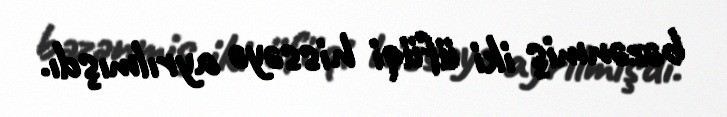
bəzənmiş iki üfüqi hissəyə ayrılmışdı.